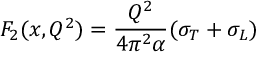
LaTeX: F _ { 2 } ( x , Q ^ { 2 } ) = { \frac { Q ^ { 2 } } { 4 \pi ^ { 2 } \alpha } } ( \sigma _ { T } + \sigma _ { L } )